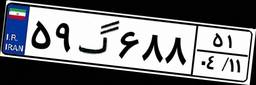
۵۹گ۶۸۸۵۱